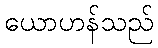
ယောဟန်သည်